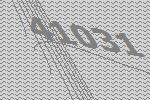
41031